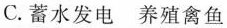
C.蓄水发电 养殖禽鱼